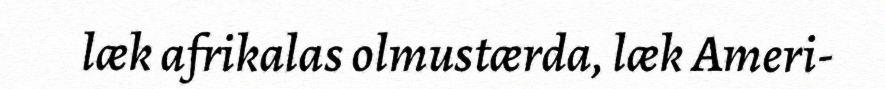
læk afrikalas olmustærda, læk Ameri-